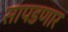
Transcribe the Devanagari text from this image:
सापडणार